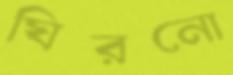
ঘিরনো